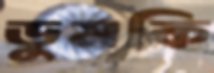
ডুমকি